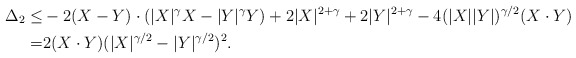
\begin{align*}\Delta_2\leq & -2(X-Y)\cdot(|X|^\gamma X-|Y|^\gamma Y) +2|X|^{2+\gamma}+2|Y|^{2+\gamma} -4(|X||Y|)^{\gamma/2} (X\cdot Y)\\=& 2(X\cdot Y)(|X|^{\gamma/2}-|Y|^{\gamma/2})^2.\end{align*}